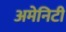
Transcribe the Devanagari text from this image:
अमेनिटी